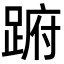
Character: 𨁵